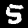
Label: 5